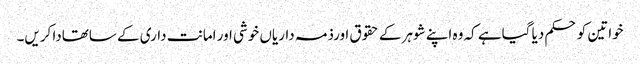
خواتین کو حکم دیا گیاہے کہ وہ اپنے شوہر کے حقوق اورذمہ داریاں خوشی اور امانت داری کے ساتھادا کریں۔